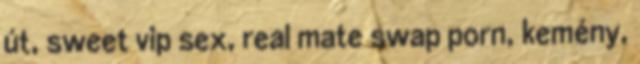
út, sweet vip sex, real mate swap porn, kemény,